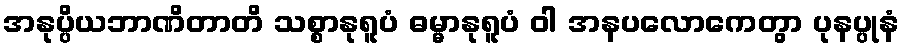
အနုပ္ပိယဘာဏိတာတိ သစ္စာနုရူပံ ဓမ္မာနုရူပံ ဝါ အနပလောကေတွာ ပုနပ္ပုနံ